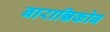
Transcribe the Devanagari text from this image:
बारान्निकोब